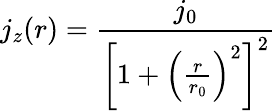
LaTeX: j_{z}(r)=\frac{j_{0}}{\left[1+\left(\frac{r}{r_{0}}\right)^{2}\right]^{2}}